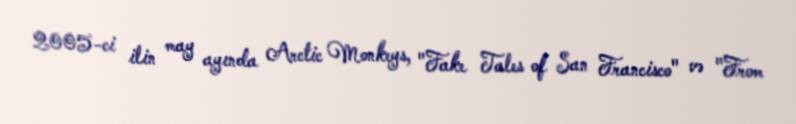
2005-ci ilin may ayında Arctic Monkeys, "Fake Tales of San Francisco" və "From